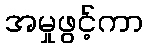
အမှုဖွင့်ကာ